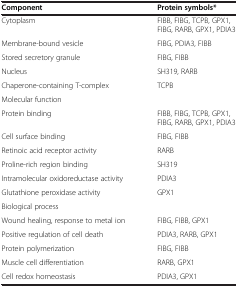
<table><thead><tr><td><b>Component</b></td><td><b>Protein symbols*</b></td></tr></thead><tbody><tr><td>Cytoplasm</td><td>FIBB, FIBG, TCPB, GPX1, FIBG, RARB, GPX1, PDIA3</td></tr><tr><td>Membrane-bound vesicle</td><td>FIBG, PDIA3, FIBB</td></tr><tr><td>Stored secretory granule</td><td>FIBG, FIBB</td></tr><tr><td>Nucleus</td><td>SH319, RARB</td></tr><tr><td>Chaperone-containing T-complex</td><td>TCPB</td></tr><tr><td colspan="2">Molecular function</td></tr><tr><td>Protein binding</td><td>FIBB, FIBG, TCPB, GPX1, FIBG, RARB, GPX1, PDIA3</td></tr><tr><td>Cell surface binding</td><td>FIBG, FIBB</td></tr><tr><td>Retinoic acid receptor activity</td><td>RARB</td></tr><tr><td>Proline-rich region binding</td><td>SH319</td></tr><tr><td>Intramolecular oxidoreductase activity</td><td>PDIA3</td></tr><tr><td>Glutathione peroxidase activity</td><td>GPX1</td></tr><tr><td colspan="2">Biological process</td></tr><tr><td>Wound healing, response to metal ion</td><td>FIBG, FIBB, GPX1</td></tr><tr><td>Positive regulation of cell death</td><td>PDIA3, RARB, GPX1</td></tr><tr><td>Protein polymerization</td><td>FIBG, FIBB</td></tr><tr><td>Muscle cell differentiation</td><td>RARB, GPX1</td></tr><tr><td>Cell redox homeostasis</td><td>PDIA3, GPX1</td></tr></tbody></table>